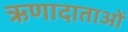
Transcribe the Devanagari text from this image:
ऋणादाताओं